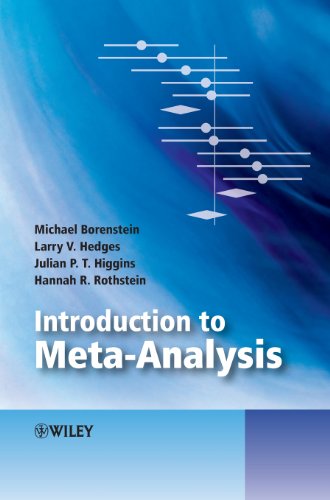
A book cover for Introduction to Meta-Analysis; Michael Borenstein; Medical Books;